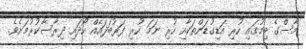
މާސްގެ ބިމުގައި ހުރި އަޑިގުޑަންތަކާއި ހުރި ނަމަ ހުރި ފަރުބަދައެއް ހޯދައި ދިރާސާކުރުމަށެވެ.